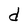
Character: d